Mental hospitals Bombay report 1921-28 - 1921-1928
Year: 1921
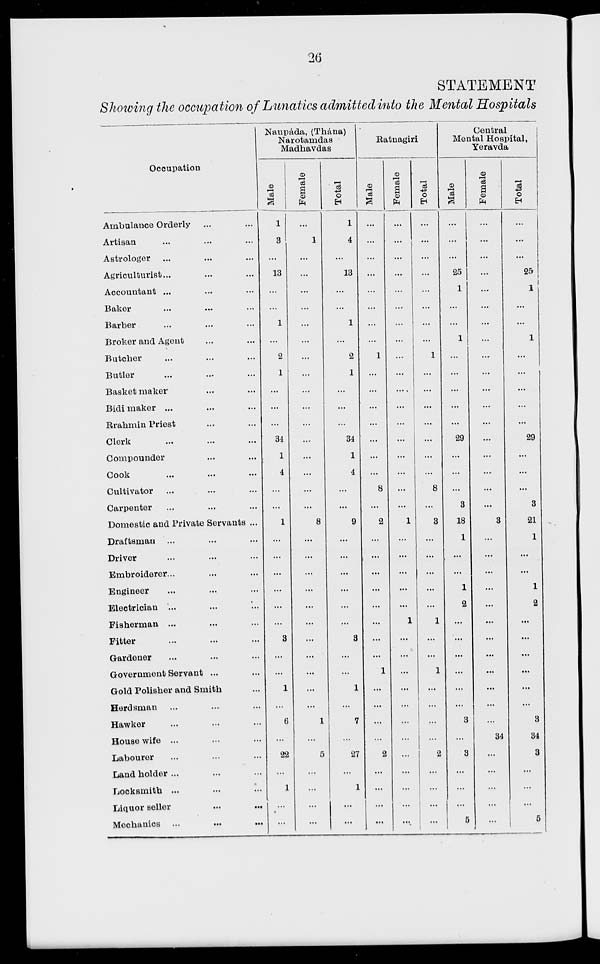
26
STATEMENT
Showing the occupation of Lunatics admitted into the Mental Hospitals
Occupation
Ambulance Orderly ... ...
Artisan ... ... ...
Astrologer ... ... ...
Agriculturist ... ... ...
Accountant ... ... ...
Baker ... ... ...
Barber ... ... ...
Broker and Agent ... ...
Butcher ... ... ...
Butler ... ... ...
Basket maker ... ...
Bidi maker ... ... ...
Rrahmin Priest ... ...
Clerk ... ... ...
Compounder ... ...
Cook ... ... ...
Cultivator ... ... ...
Carpenter ... ... ...
Domestic and Private Servants ...
Draftsman ... ... ...
Driver ... ... ...
Embroiderer ... ... ...
Engineer ... ... ...
Electrician ... ... ...
Fisherman ... ... ...
Fitter ... ... ...
Gardener ... ... ...
Government Servant ... ...
Gold Polisher and Smith ...
Herdsman ... ... ...
Hawker ... ... ...
House wife ... ... ...
Labourer ... ... ...
Land holder ... ... ...
Locksmith ... ... ...
Liquor seller
...
...
Mechanics
...
...
...
Naupáda, (Thána)
Narotamdas
Madhavdas
Male
1
3
...
13
...
...
1
...
2
1
...
...
...
34
1
4
...
...
1
...
...
...
...
...
...
3
...
...
1
...
6
...
22
...
1
...
...
Female
...
1
...
...
...
...
...
...
...
...
...
...
...
...
...
...
...
...
8
...
...
...
...
...
...
...
...
...
...
...
1
...
5
...
...
...
...
Total
1
4
...
13
...
...
1
...
2
1
...
...
...
34
1
4
...
...
9
...
...
...
...
...
...
3
...
...
1
...
7
...
27
...
1
...
...
Ratnagiri
Male
...
...
...
...
...
...
...
...
1
...
...
...
...
...
...
...
8
...
2
...
...
...
...
...
...
...
...
1
...
...
...
...
2
...
...
...
...
Female
...
...
...
...
...
...
...
...
...
...
...
...
...
...
...
...
...
...
1
...
...
...
...
...
1
...
...
...
...
...
...
...
...
...
...
...
....
Total
...
...
...
...
...
...
...
...
1
...
...
...
...
...
...
...
8
...
3
...
...
...
...
...
1
...
...
1
...
...
...
...
2
...
...
...
...
Central
Mental Hospital,
Yeravda
Male
...
...
...
25
1
...
...
1
...
...
...
...
...
29
...
...
...
3
18
1
...
...
1
2
...
...
...
...
...
...
3
...
3
...
...
...
5
Female
...
...
...
...
...
...
...
...
...
...
...
...
...
...
...
...
...
...
3
...
...
...
...
...
...
...
...
...
...
...
...
34
...
...
...
...
...
Total
...
...
...
25
1
...
...
1
...
...
...
...
...
29
...
...
...
3
21
1
...
...
1
2
...
...
...
...
...
...
3
34
3
...
...
...
5